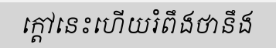
ក្តៅនេះហើយរំពឹងថានឹង